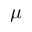
\mu